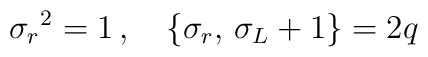
{\sigma_{r}}^{2}=1\,,\quad \{\sigma_{r},\,\sigma_{L}+1\}=2q